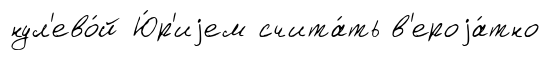
нул'ево́й Ю́р'иjем счита́ть в'ероjа́тно